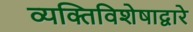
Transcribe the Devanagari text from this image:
व्यक्तिविशेषाद्वारे